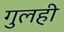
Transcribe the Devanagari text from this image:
गुलही